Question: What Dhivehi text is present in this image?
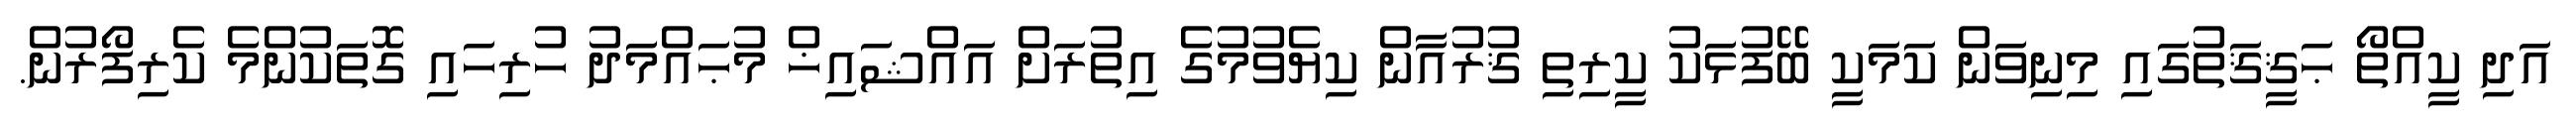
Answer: އަދި ކީއްތޯ ޙަޤީޤަތުގައި މިނިވަން ކަމަކީ ބޭފުޅަކު ކީރިތި ޤުރުއާން ކިޔެވުމުގެ އިތުރަށް އައްޝައިޚް މުޙައްމަދު ހުރިހައި ގޮތަކުންމެ ކެރިފޯރުން.